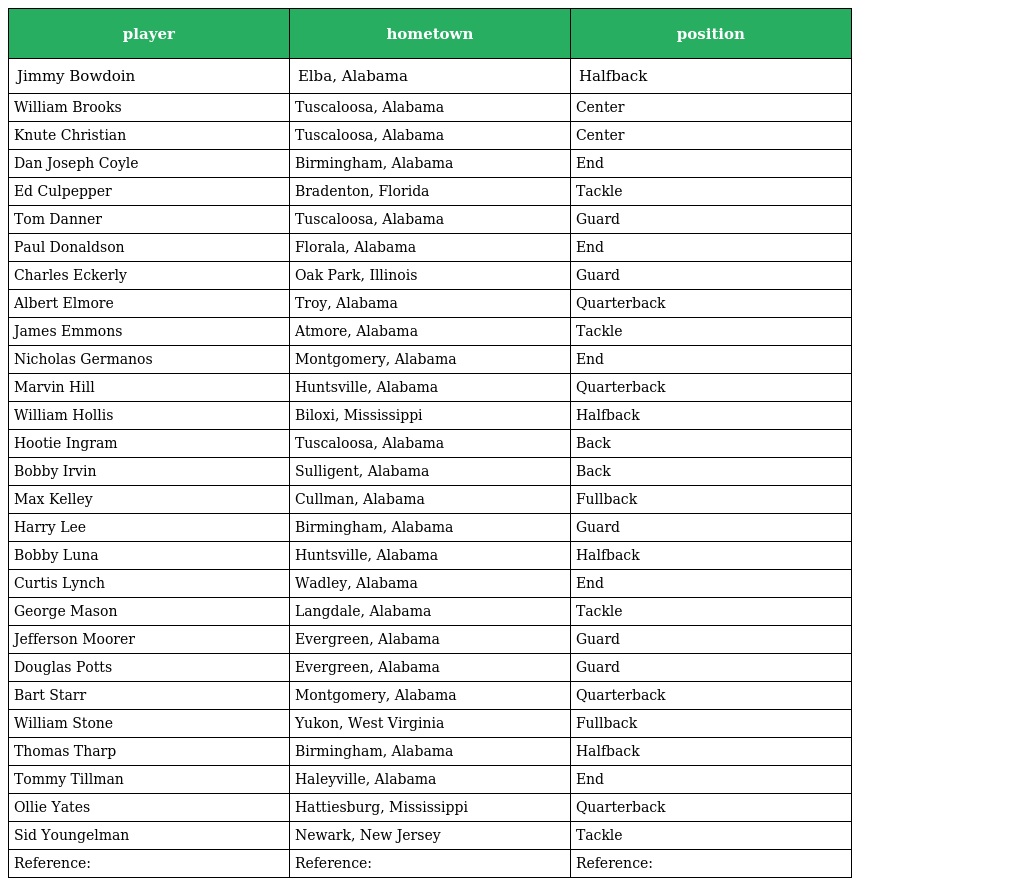
| player | hometown | position |
 | --- | --- | --- |
 | Jimmy Bowdoin | Elba, Alabama | Halfback |
 | William Brooks | Tuscaloosa, Alabama | Center |
 | Knute Christian | Tuscaloosa, Alabama | Center |
 | Dan Joseph Coyle | Birmingham, Alabama | End |
 | Ed Culpepper | Bradenton, Florida | Tackle |
 | Tom Danner | Tuscaloosa, Alabama | Guard |
 | Paul Donaldson | Florala, Alabama | End |
 | Charles Eckerly | Oak Park, Illinois | Guard |
 | Albert Elmore | Troy, Alabama | Quarterback |
 | James Emmons | Atmore, Alabama | Tackle |
 | Nicholas Germanos | Montgomery, Alabama | End |
 | Marvin Hill | Huntsville, Alabama | Quarterback |
 | William Hollis | Biloxi, Mississippi | Halfback |
 | Hootie Ingram | Tuscaloosa, Alabama | Back |
 | Bobby Irvin | Sulligent, Alabama | Back |
 | Max Kelley | Cullman, Alabama | Fullback |
 | Harry Lee | Birmingham, Alabama | Guard |
 | Bobby Luna | Huntsville, Alabama | Halfback |
 | Curtis Lynch | Wadley, Alabama | End |
 | George Mason | Langdale, Alabama | Tackle |
 | Jefferson Moorer | Evergreen, Alabama | Guard |
 | Douglas Potts | Evergreen, Alabama | Guard |
 | Bart Starr | Montgomery, Alabama | Quarterback |
 | William Stone | Yukon, West Virginia | Fullback |
 | Thomas Tharp | Birmingham, Alabama | Halfback |
 | Tommy Tillman | Haleyville, Alabama | End |
 | Ollie Yates | Hattiesburg, Mississippi | Quarterback |
 | Sid Youngelman | Newark, New Jersey | Tackle |
 | Reference: | Reference: | Reference: |